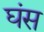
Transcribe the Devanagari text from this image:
घंस